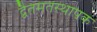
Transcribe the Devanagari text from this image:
द्वैतमतस्थापक